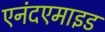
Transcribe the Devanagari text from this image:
एनंदएमाइड